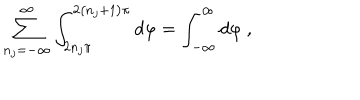
\sum _ { n _ { j } = - \infty } ^ { \infty } \int _ { 2 n _ { j } \pi } ^ { 2 \left( n _ { j } + 1 \right) \pi } d \varphi = \int _ { - \infty } ^ { \infty } d \varphi \ ,